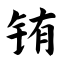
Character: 铕